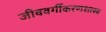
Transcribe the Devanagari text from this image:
जीववर्गीकरणशास्त्र